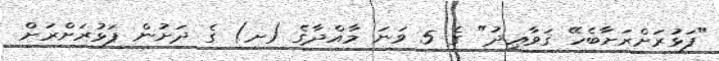
"ފަޅުރަށްރަށާބެހޭ ޤަވާޢިދު" ގެ 5 ވަނަ މާއްދާގެ (ށ) ގެ ދަށުން ފަޅުރަށްރަށް